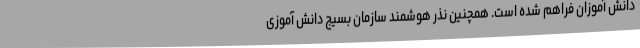
دانش آموزان فراهم شده است. همچنین نذر هوشمند سازمان بسیج دانش آموزی